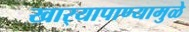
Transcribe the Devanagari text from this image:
खार्‍यापाण्यामुळे